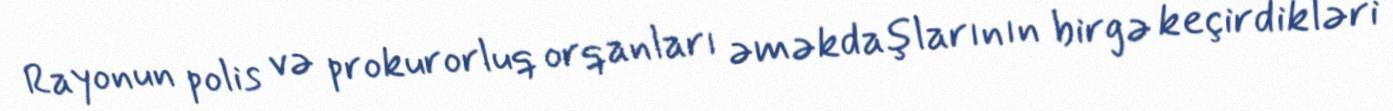
Rayonun polis və prokurorluq orqanları əməkdaşlarının birgə keçirdikləri